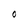
Character: O